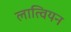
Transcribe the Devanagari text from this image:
लात्वियन